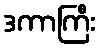
ဒကာကြီး